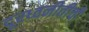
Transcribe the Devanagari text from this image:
दूरध्वनीतीची